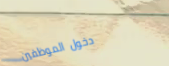
دخول الموظفين